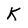
Character: K